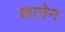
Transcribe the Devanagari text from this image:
कापेन